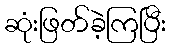
ဆုံးဖြတ်ခဲ့ကြပြီး